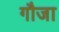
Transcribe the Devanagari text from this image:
गौजा